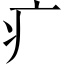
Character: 疒